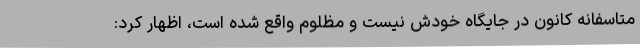
متاسفانه کانون در جایگاه خودش نیست و مظلوم واقع شده است، اظهار کرد: